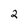
Character: 2